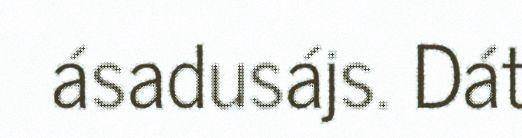
ásadusájs. Dát